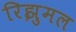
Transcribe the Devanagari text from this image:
रिझुमल